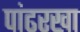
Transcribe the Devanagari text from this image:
पांढरखा